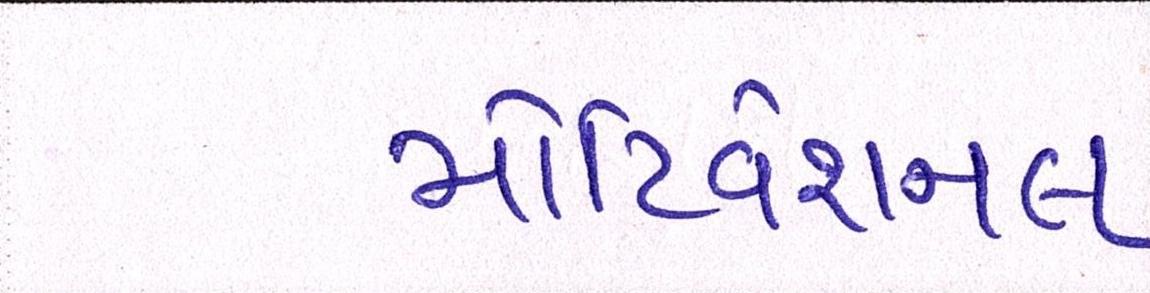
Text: મોટિવેશનલ